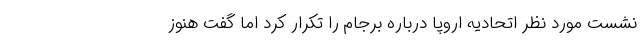
نشست مورد نظر اتحادیه اروپا درباره برجام را تکرار کرد اما گفت هنوز